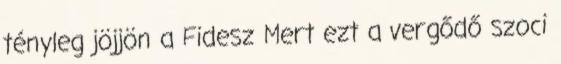
tényleg jöjjön a Fidesz Mert ezt a vergődő szoci